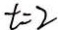
t = 2